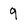
Character: 9